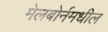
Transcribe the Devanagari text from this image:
मेलबोर्नमधील